Civil Veterinary Department. Madras. Admin. report 1926-33 - 1926-1933
Year: 1926
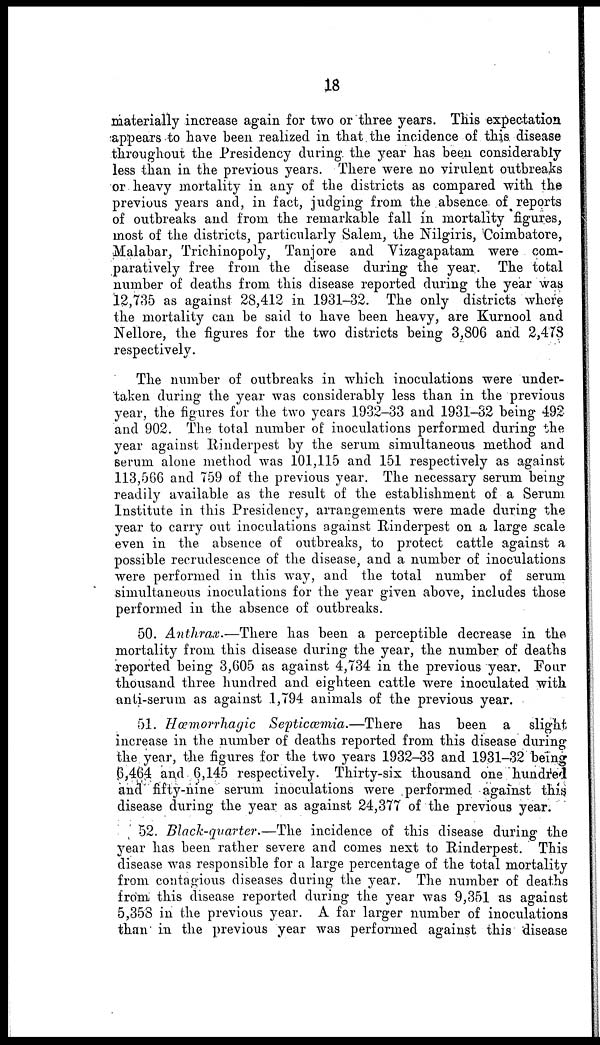
18
materially increase again for two or three years. This expectation
appears to have been realized in that the incidence of this disease
throughout the Presidency during the year has been considerably
less than in the previous years. There were no virulent outbreaks
or heavy mortality in any of the districts as compared with the
previous years and, in fact, judging from the absence of reports
of outbreaks and from the remarkable fall in mortality figures,
most of the districts, particularly Salem, the Nilgiris, Coimbatore,
Malabar, Trichinopoly, Tanjore and Vizagapatam were com-
paratively free from the disease during the year. The total
number of deaths from this disease reported during the year was
12,735 as against 28,412 in 1931-32. The only districts whore
the mortality can be said to have been heavy, are Kurnool and
Nellore, the figures for the two districts being 3,806 and 2,473
respectively.
The number of outbreaks in which inoculations were under-
taken during the year was considerably less than in the previous
year, the figures for the two years 1932-33 and 1931-32 being 492
and 902. The total number of inoculations performed during the
year against Rinderpest by the serum simultaneous method and
serum alone method was 101,115 and 151 respectively as against
113,566 and 759 of the previous year. The necessary serum being
readily available as the result of the establishment of a Serum
Institute in this Presidency, arrangements were made during the
year to carry out inoculations against Rinderpest on a large scale
even in the absence of outbreaks, to protect cattle against a
possible recrudescence of the disease, and a number of inoculations
were performed in this way, and the total number of serum
simultaneous inoculations for the year given above, includes those
performed in the absence of outbreaks.
50. Anthrax.—There has been a perceptible decrease in the
mortality from this disease during the year, the number of deaths
reported being 3,605 as against 4,734 in the previous year. Four
thousand three hundred and eighteen cattle were inoculated with
anti-serum as against 1,794 animals of the previous year.
51. Hæmorrhagic Septicæmia.—There
has been a slight
increase in the number of deaths reported from this disease during
the year, the figures for the two years 1932-33 and 1931-32 being
6,464 and 6,145 respectively. Thirty-six thousand one hundred
and fifty-nine serum inoculations were performed against this
disease during the year as against 24,377 of the previous year.
52. Black-quarter.—The incidence of this disease during the
year has been rather severe and comes next to Rinderpest. This
disease was responsible for a large percentage of the total mortality
from contagious diseases during the year. The number of deaths
from this disease reported during the year was 9,351 as against
5,358 in the previous year. A far larger number of inoculations
than in the previous year was performed against this disease